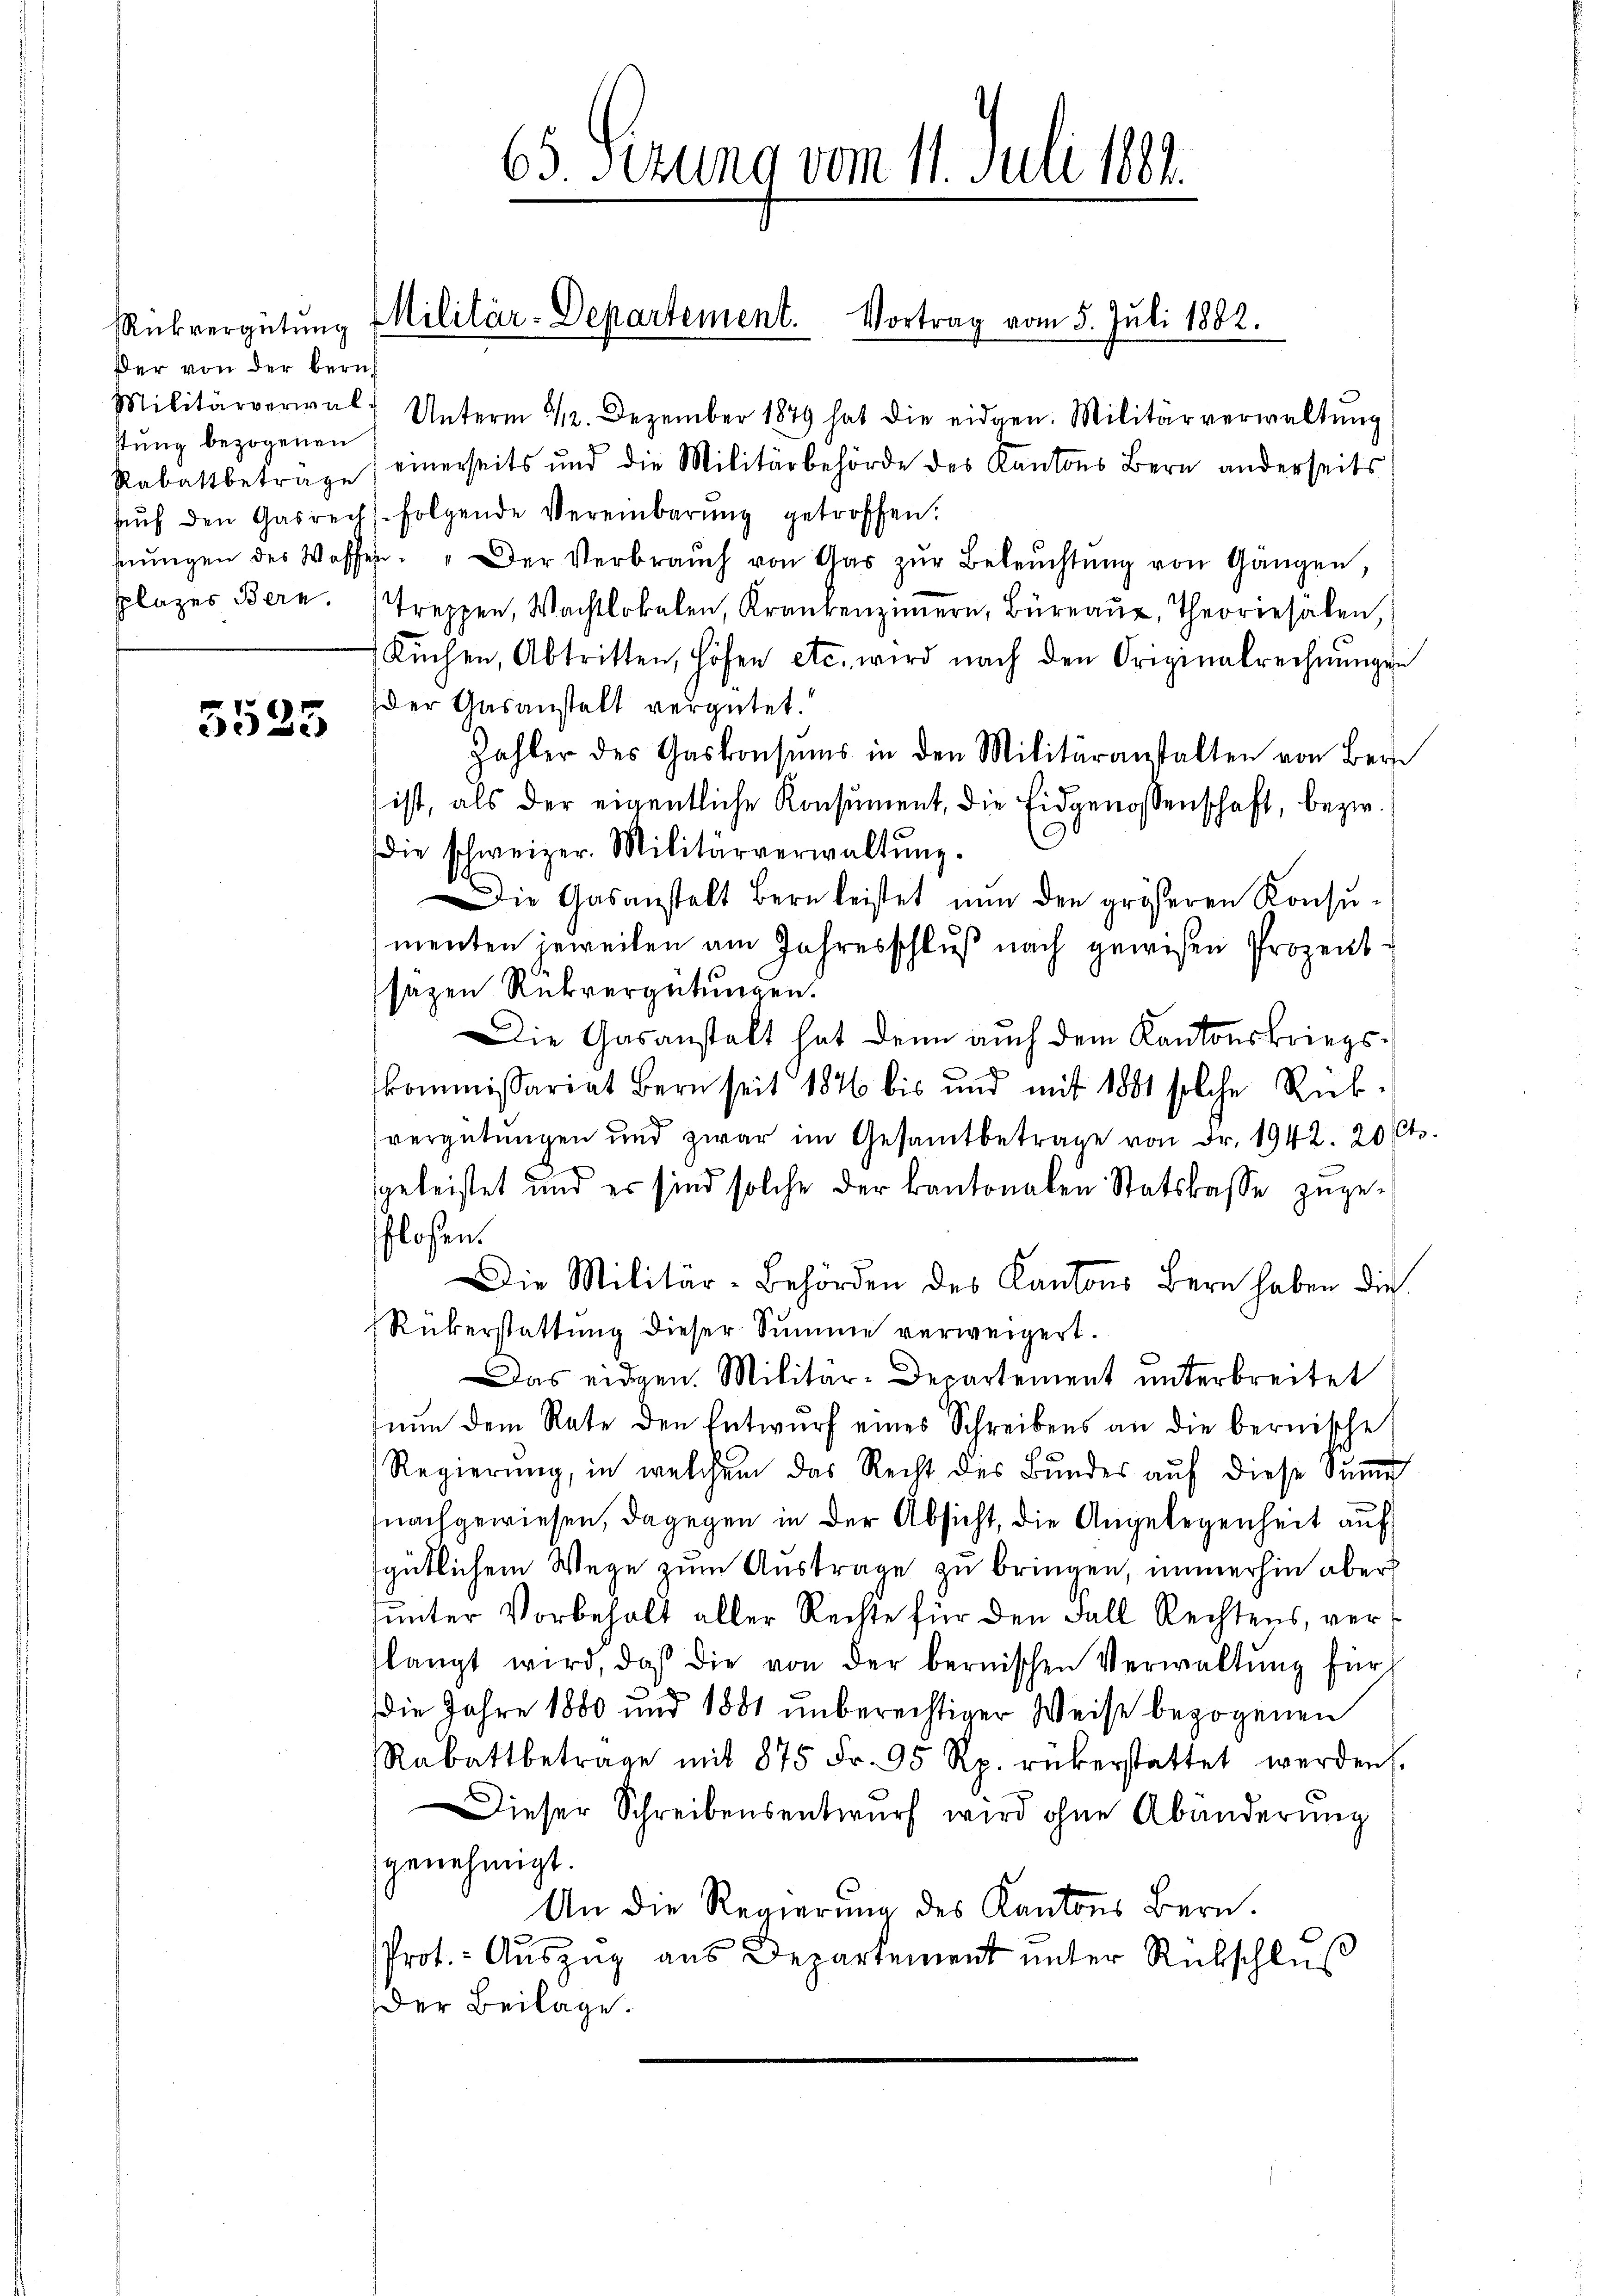
Der von der bern
stung bezogenen
Rabattbetrage
plazes Bern.

5525

63. Ferung vom 1. Juli 1882.

Rückvergütŭng Militär-Departement. Vortrag vom 5. Juli 1882.

Militärverwalt Unterm 1/12. Dezember 1879 hat die eidgen. Militärverwaltŭng
einerseits und die Militärbehörde des Kantons Bern anderseits
aŭf den Gasrecht folgende Vereinbarŭng getroffen:
hnŭngen des Waffen. " Der Verbraŭch von Gar zŭr Beleŭchtŭng von Gängen,
Treppen, Wachtlokalen, Krankenzimmern, Büreaŭs, Theoriesälen,
Kŭchen, Abtritten, Höfen etc. wird nach den Originalrechnŭngen
der Gasanstalt vergütet.
Zahler des Gaskonsŭms in den Militäranstalten von Bern
ist, als der eigentliche Konsument, die Eidgenossenschaft, bezw.
die schweizer. Militärverwaltŭng.
Die Gasanstalt Bern leistet nun den größeren Konsŭ-
menten jeweilen am Jahresschluß nach gewesen Prozentsäzen Rückvergütungen.
Die Gasanstalt hat denn auch dem Kantonskriegskommissariat Bern seit 1846 bis und mit 1881 solche Rük-
vergütungen und zwar im Gesamtbetrage von Fr. 1942. 20 Cts.
geleistet und er sind solche der Kantonalen Statskasse zugeschloßen.
Die Militär-Behörden des Kantons Bern haben die
Rükerstattung dieser Summe verweigert.
Das eidgen. Militär-Departement unterbreitet
nŭn dem Rate den Entwurf eines Schreibens an die bernische
Regierung, in welchem das Recht des Bundes auf diese Summe
nachgewiesen, dagegen in der Absicht, die Angelegenheit auf
gütlichem Wege zum Austrage zu bringen, immerhin aber
unter Vorbehalt aller Rechte für den Fall Rechtens, verslangt wird, daß die von der bernischen Verwaltŭng für
Die Jahre 1880 und 1881 unberechtiger Weise bezogenen
Rabattbetrage mit 875 Fr. 95 Rp. rükerstattet werden.
Dieser Schreibensentwŭrf wird ohne Abänderŭng
genehmigt.
An die Regierung des Kantons Bern.
Prot.- Aŭszŭg aŭs Departement ŭnter Rückschlŭβ
Der Beilage.